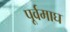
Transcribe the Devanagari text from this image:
पूर्वमाघ